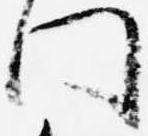
門